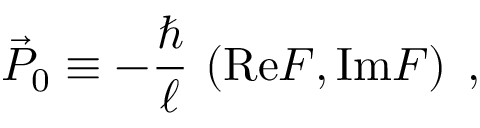
{ \vec { P } _ { 0 } } \equiv - \frac { \hbar } { \ell } \, \left( \mathrm { R e } { \cal F } , \mathrm { I m } { \cal F } \right) \; ,